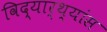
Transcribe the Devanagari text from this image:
विद्यार्थ्यांस